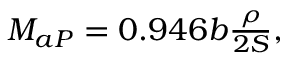
\begin{array} { r } { M _ { a P } = 0 . 9 4 6 b \frac { \rho } { 2 S } , } \end{array}